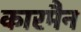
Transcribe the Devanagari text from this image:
कारमैन